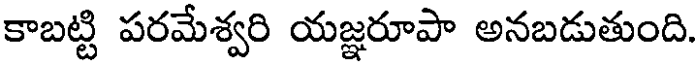
కాబట్టి పరమేశ్వరి యజ్ఞరూపా అనబడుతుంది.